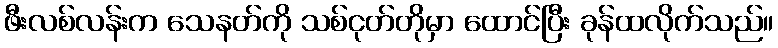
ဖီးလစ်လန်းက သေနတ်ကို သစ်ငုတ်တိုမှာ ထောင်ပြီး ခုန်ထလိုက်သည်။